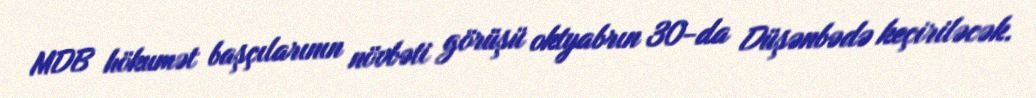
MDB hökumət başçılarının növbəti görüşü oktyabrın 30-da Düşənbədə keçiriləcək.